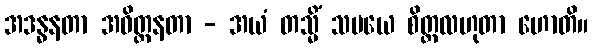
အဒန္ဓနတာ အဝိတ္ထနတာ - အယံ တသ္မိံ သမယေ စိတ္တလဟုတာ ဟောတိ။